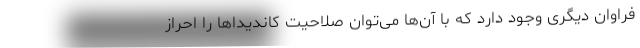
فراوان دیگری وجود دارد که با آن‌ها می‌توان صلاحیت کاندیدا‌ها را احراز